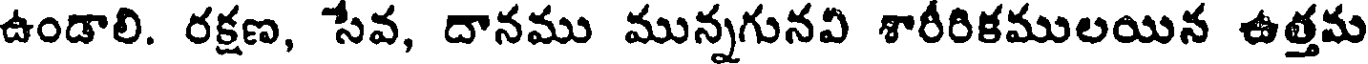
ఉండాలి. రక్షణ, సేవ, దానము మున్నగునవి శారీరికములయిన ఉత్తమ